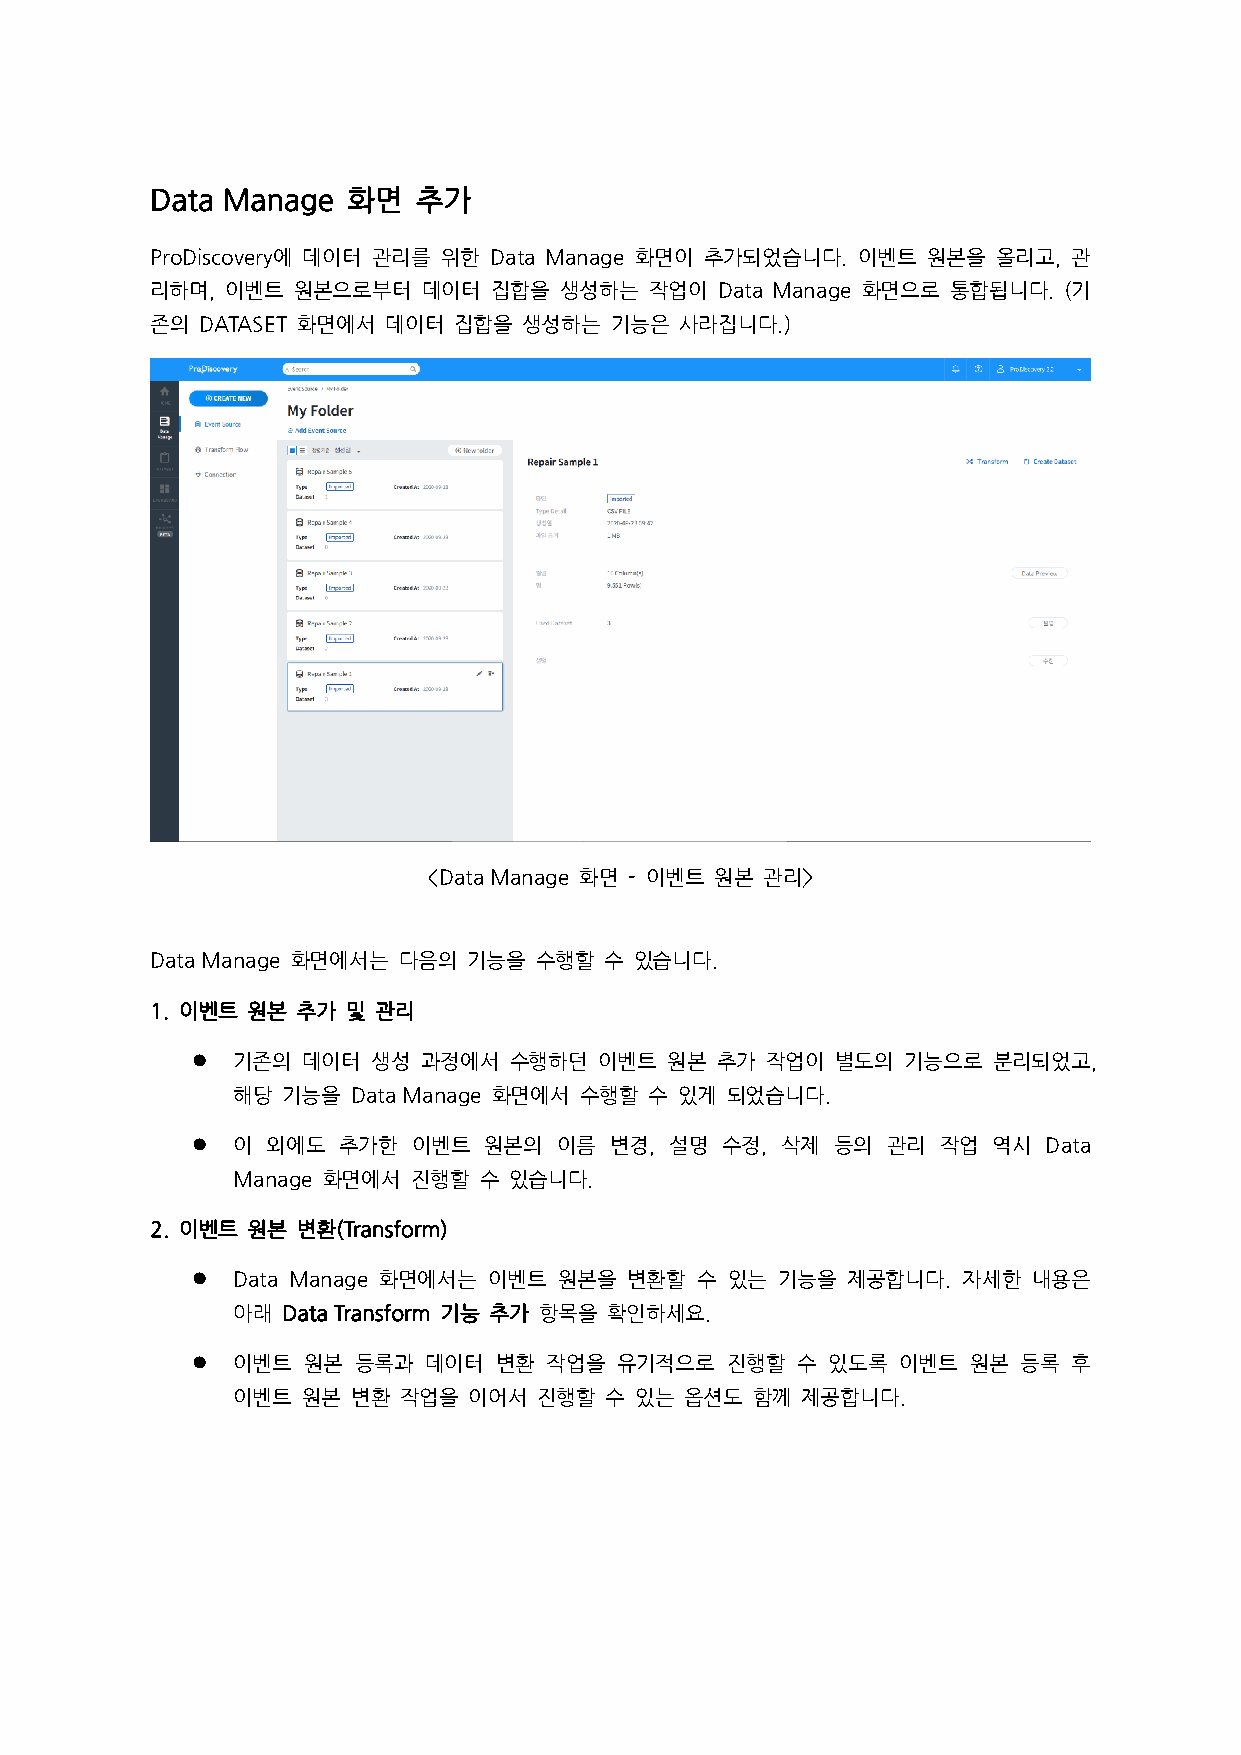
Data Manage  화면   추가
 ProDiscovery에 데이터 관리를 위한 Data Manage 화면이 추가되었습니다. 이벤트 원본을 올리고, 관
 리하며, 이벤트 원본으로부터   데이터 집합을  생성하는  작업이 Data Manage 화면으로 통합됩니다. (기
 존의 DATASET 화면에서 데이터 집합을  생성하는 기능은  사라집니다.)
 <Data Manage 화면 - 이벤트 원본 관리>
 Data Manage 화면에서는 다음의 기능을 수행할 수 있습니다.
 1. 이벤트 원본 추가 및 관리
 ⚫ 기존의  데이터  생성 과정에서  수행하던  이벤트 원본 추가  작업이 별도의  기능으로  분리되었고,
 해당  기능을 Data Manage 화면에서 수행할 수 있게 되었습니다.
 ⚫ 이  외에도 추가한  이벤트  원본의  이름 변경, 설명  수정, 삭제 등의  관리 작업  역시 Data
 Manage 화면에서 진행할  수 있습니다.
 2. 이벤트 원본 변환(Transform)
 ⚫ Data Manage 화면에서는 이벤트 원본을  변환할 수 있는 기능을  제공합니다.  자세한 내용은
 아래  Data Transform 기능 추가 항목을 확인하세요.
 ⚫ 이벤트  원본 등록과  데이터  변환 작업을  유기적으로  진행할  수 있도록 이벤트  원본  등록 후
 이벤트  원본 변환 작업을  이어서  진행할 수 있는 옵션도  함께 제공합니다.